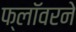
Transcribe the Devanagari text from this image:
फ्लॉवरने